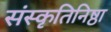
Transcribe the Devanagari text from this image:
संस्कृतिनिष्ठा